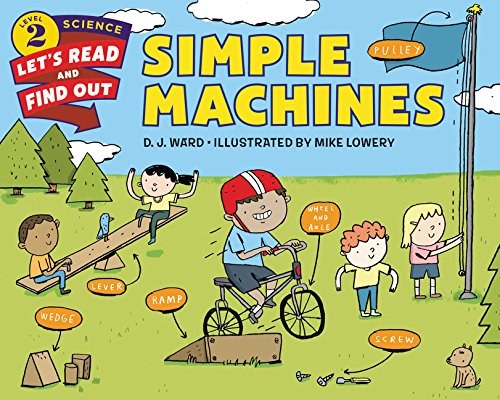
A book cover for Simple Machines (Let's-Read-and-Find-Out Science 2); D. J. Ward; Children's Books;